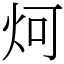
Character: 炣